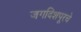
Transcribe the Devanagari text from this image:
जगदिशपूरचे